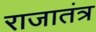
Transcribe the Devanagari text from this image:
राजातंत्र